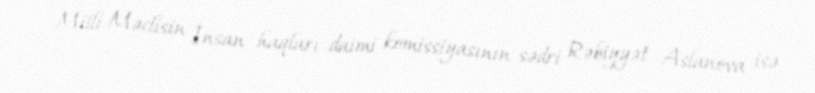
Milli Məclisin İnsan haqları daimi komissiyasının sədri Rəbiyyət Aslanova isə